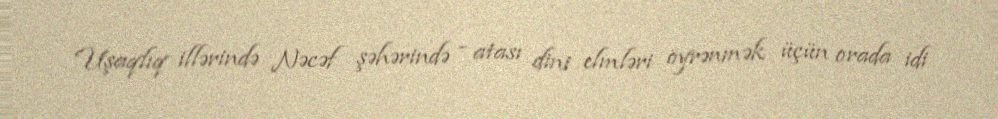
Uşaqlıq illərində Nəcəf şəhərində - atası dini elmləri öyrənmək üçün orada idi